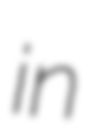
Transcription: in